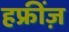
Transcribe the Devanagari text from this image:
हफ्रींज़